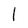
Character: l